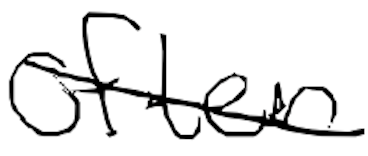
Text: often
Cross-out: diagonal
Writing tool: digital_black